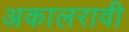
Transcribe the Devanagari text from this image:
अकालरावी